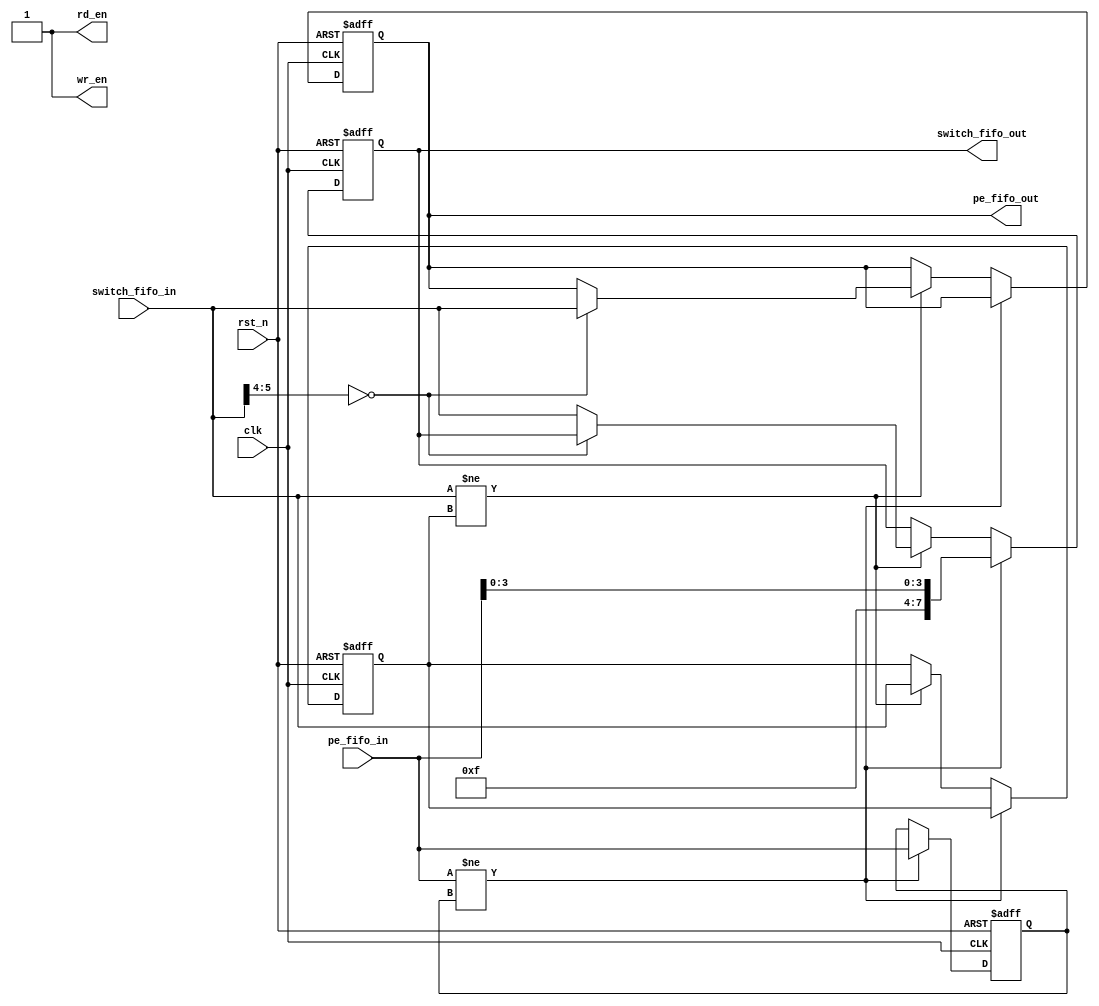
// This program was cloned from: https://github.com/vrteee/tt07-mini-aie-cgra
// License: Apache License 2.0




module switch 
#(parameter rank = 0)
(
    input wire clk, rst_n,
    input [7:0] switch_fifo_in, 
    output reg [7:0] switch_fifo_out,
    input [7:0] pe_fifo_in,
    output reg [7:0] pe_fifo_out,
    output wire rd_en,
    output wire wr_en
);

reg [7:0] prev_switch_fifo_in;
reg [7:0] prev_pe_fifo_in;

wire pe_rd, fifo_rd;
assign pe_rd = pe_fifo_in != prev_pe_fifo_in;
assign fifo_rd = switch_fifo_in != prev_switch_fifo_in;

always @(posedge clk or negedge rst_n) begin
    if (!rst_n) begin
        switch_fifo_out <= 8'b00000000;
        pe_fifo_out <= 8'b00000000;
        prev_pe_fifo_in <= 8'b00000000;
        prev_switch_fifo_in <= 8'b00000001;

    end else begin
        if (pe_rd) begin
            prev_pe_fifo_in <= pe_fifo_in;
            switch_fifo_out <= {4'b1111, pe_fifo_in[3:0]};
            
        end else if (fifo_rd) begin
            prev_switch_fifo_in <= switch_fifo_in;
            if (switch_fifo_in[5:4] == rank) begin
                pe_fifo_out <= switch_fifo_in;
            end else begin
                switch_fifo_out <= switch_fifo_in;
            end
        end 
    end
end

assign rd_en = 1'b1;
assign wr_en = 1'b1;

endmodule